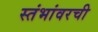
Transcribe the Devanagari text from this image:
स्तंभांवरची